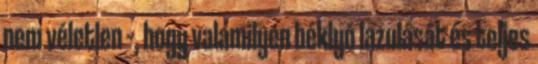
nem véletlen –, hogy valamilyen béklyó lazulását és teljes